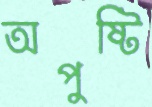
অপুষ্টি